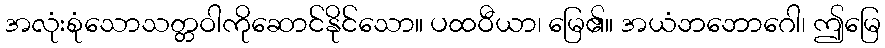
အလုံးစုံသောသတ္တဝါကိုဆောင်နိုင်သော။ ပထဝီယာ၊ မြေ၏။ အယံဘဘောဂေါ၊ ဤမြေ